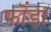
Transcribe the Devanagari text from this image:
फॊंडा